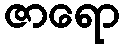
ဇာရော